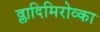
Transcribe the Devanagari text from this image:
व्लादिमिरोव्का